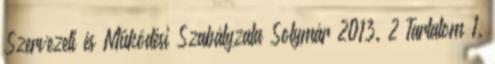
Szervezeti és Működési Szabályzata Solymár 2013. 2 Tartalom 1.